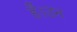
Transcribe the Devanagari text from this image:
हैं।उन